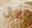
محال